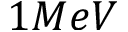
1 M e V